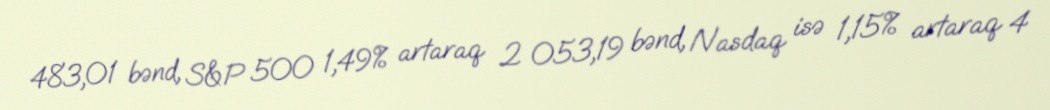
483,01 bənd, S&P 500 1,49% artaraq 2 053,19 bənd, Nasdaq isə 1,15% artaraq 4